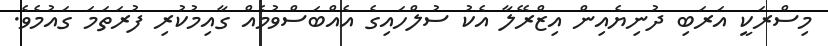
މިސްރަކީ އަރަބި ދުނިޔެއިން އިޒްރޭލާ އެކު ސުލްހައިގެ އެއްބަސްވުމެއް ގާއިމުކުރި ފުރަތަމަ ގައުމެވެ.